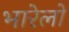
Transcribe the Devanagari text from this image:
भारेलो